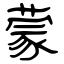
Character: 蒙